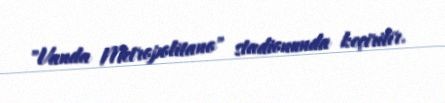
"Vanda Metropolitano" stadionunda keçirilir.